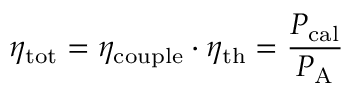
\eta _ { \mathrm { t o t } } = \eta _ { \mathrm { c o u p l e } } \cdot \eta _ { \mathrm { t h } } = \frac { P _ { \mathrm { c a l } } } { P _ { \mathrm { A } } }